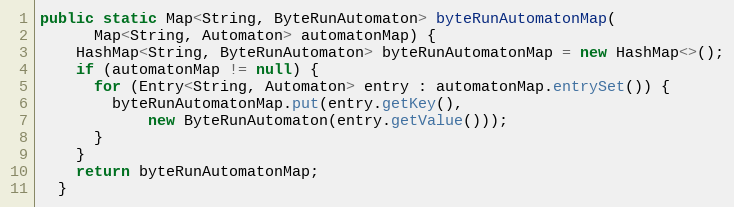
Language: Java
public static Map<String, ByteRunAutomaton> byteRunAutomatonMap(
      Map<String, Automaton> automatonMap) {
    HashMap<String, ByteRunAutomaton> byteRunAutomatonMap = new HashMap<>();
    if (automatonMap != null) {
      for (Entry<String, Automaton> entry : automatonMap.entrySet()) {
        byteRunAutomatonMap.put(entry.getKey(),
            new ByteRunAutomaton(entry.getValue()));
      }
    }
    return byteRunAutomatonMap;
  }